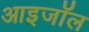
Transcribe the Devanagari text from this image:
आइजॉल